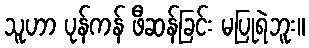
သူဟာ ပုန်ကန် ဖီဆန်ခြင်း မပြုရဲဘူး။